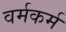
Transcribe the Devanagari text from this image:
वर्मकर्म